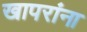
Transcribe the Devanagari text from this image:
खापरांना